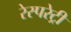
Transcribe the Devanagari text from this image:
रेस्परेट्री